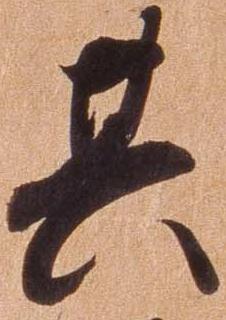
其